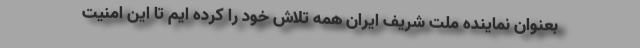
بعنوان نماینده ملت شریف ایران همه تلاش خود را کرده ایم تا این امنیت